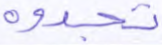
تجدوه